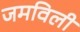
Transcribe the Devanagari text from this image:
जमविली